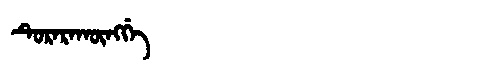
Manchu: ᡨᡠᡵᠠᡵᠠᡴᡡᠩᡤᡝ
Romanization: TURARAKŪNGGE